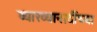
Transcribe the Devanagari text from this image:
व्याख्यानादींच्या